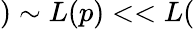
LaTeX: )\sim L(p)<<L(